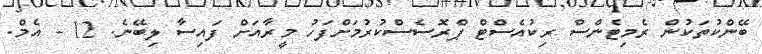
ބޭންކުތަކުން ރެމިޓެންސް ރިކުއެސްޓް ޕްރޮސެސްކުރުމަށްފަހު މީރާއަށް ފައިސާ ލިބޭނެ. 12 - އެމް.